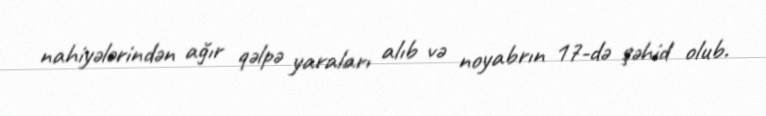
nahiyələrindən ağır qəlpə yaraları alıb və noyabrın 17-də şəhid olub.